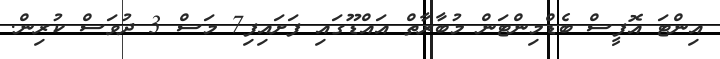
އިންޓަ އޮފީސް ބެޑްމިންޓަން މުބާރާތް އައްޑޫގައި ފަށައިފި7 މަސް 3 ދުވަސް ކުރިން.